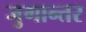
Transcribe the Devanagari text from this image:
जुगान्तर